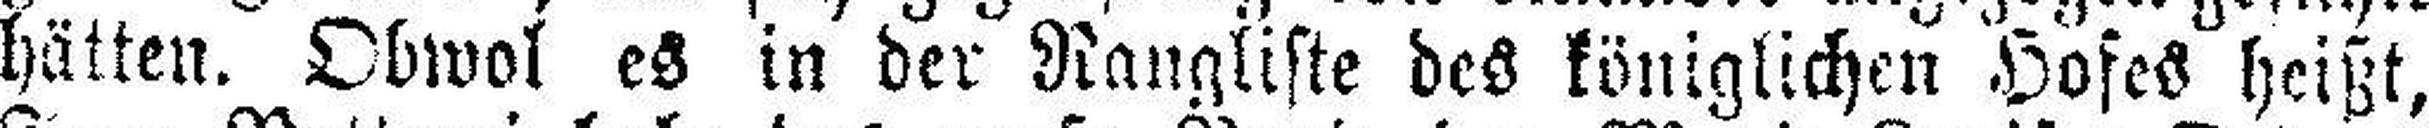
hätten. Obwol es in der Rangliste des königlichen Hofes heißt,